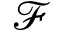
\mathcal { F }